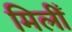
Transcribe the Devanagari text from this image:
मिलीँ